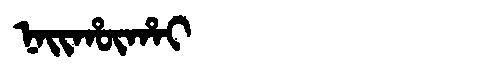
Manchu: ᠨᠠᡳᡥᡡᡥᠠᡳ
Romanization: NAIHŪHAI